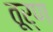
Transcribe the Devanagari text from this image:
तूर्ण